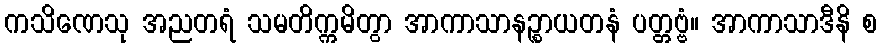
ကသိဏေသု အညတရံ သမတိက္ကမိတွာ အာကာသာနဉ္စာယတနံ ပတ္တဗ္ဗံ။ အာကာသာဒီနိ စ